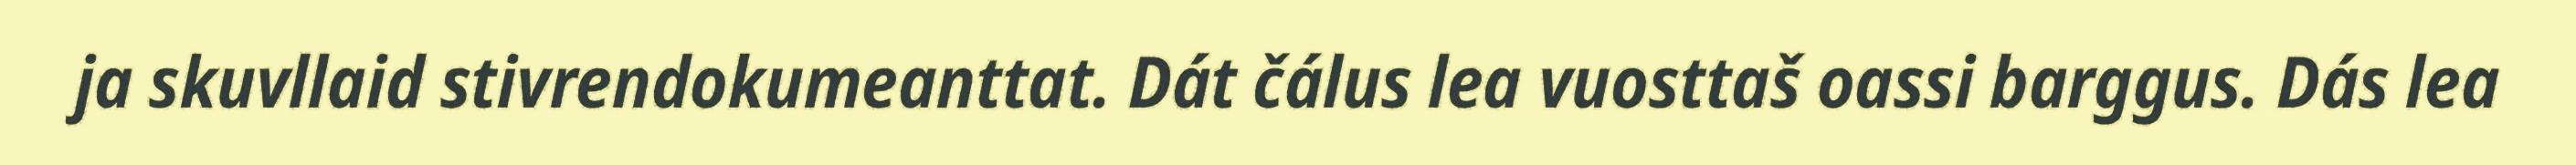
ja skuvllaid stivrendokumeanttat. Dát čálus lea vuosttaš oassi barggus. Dás lea